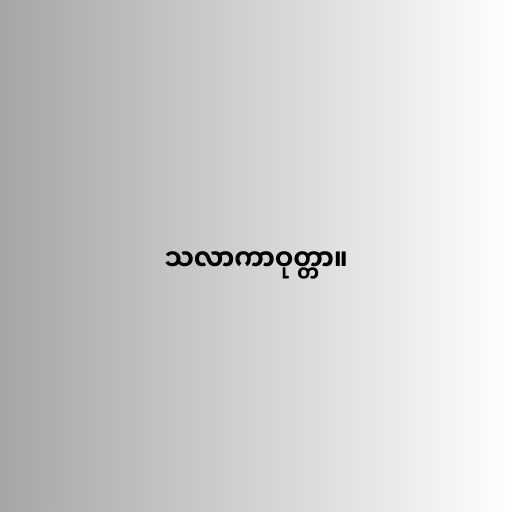
သလာကာဝုတ္တာ။